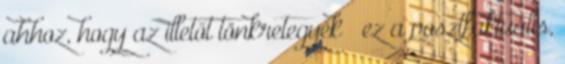
ahhoz, hogy az illetőt tönkretegyék – ez a posztfaktuális,